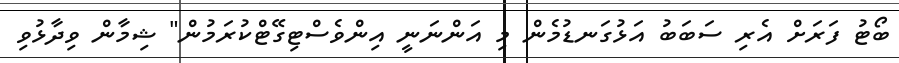
ބޯޓު ފަރަށް އެރި ސަބަބު އަޅުގަނޑުމެން މި އަންނަނީ އިންވެސްޓިގޭޓްކުރަމުން" ޝިމާން ވިދާޅުވި